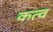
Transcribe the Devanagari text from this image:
कत्व